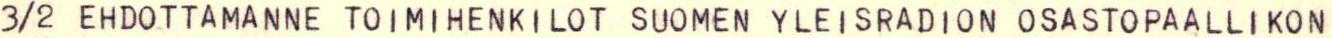
3/2 EHDOTTAMANNE TOIMIHENKILOT SUOMEN YLEISRADION OSASTOPAALLIKON